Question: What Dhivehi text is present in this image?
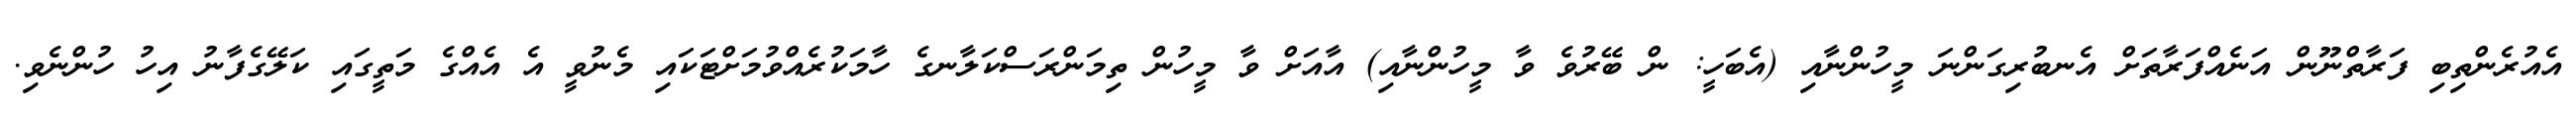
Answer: އެއުރެންތިބި ފަރާތްނޫން އަނެއްފަރާތަށް އެނބުރިގަންނަ މީހުންނާއި (އެބަހީ: ން ބޭރުވެ ވާ މީހުންނާއި) އާއަށް ވާ މީހުން ތިމަންރަސްކަލާނގެ ހާމަކުރެއްވުމަށްޓަކައި މެނުވީ އެ އެއްގެ މަތީގައި ކަލޭގެފާނު އިހު ހުންނެވި.